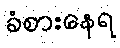
ခံစားနေရ